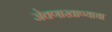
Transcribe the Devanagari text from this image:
जेवणाखाण्याचा